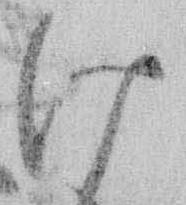
け